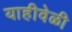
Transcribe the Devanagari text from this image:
याहीवेळी